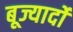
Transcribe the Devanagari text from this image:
बूज्यार्दो